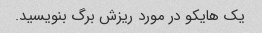
یک هایکو در مورد ریزش برگ بنویسید.